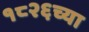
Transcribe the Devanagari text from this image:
१८२६च्या